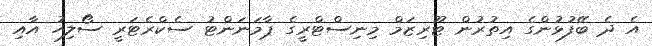
އެ ދެ ބޭފުޅުންގެ އިތުރުން ޓޫރިޒަމް މިނިސްޓްރީގެ ޕާމަނަންޓު ސެކްރެޓަރީ ސޯލިހު އާއި